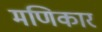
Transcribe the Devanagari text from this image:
मणिकार